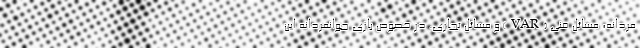
مردانه، مسائل فنی (VAR) و مسائل تجاری. در خصوص بازی جوانمردانه این